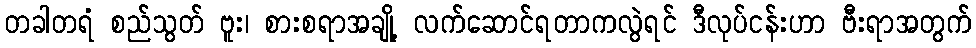
တခါတရံ စည်သွတ် ဗူး၊ စားစရာအချို့ လက်ဆောင်ရတာကလွဲရင် ဒီလုပ်ငန်းဟာ ဗီးရာအတွက်